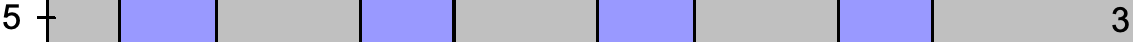
5                                    3